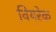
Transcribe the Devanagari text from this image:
वियरेक